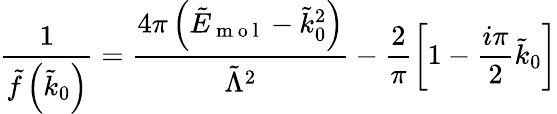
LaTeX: \frac{1}{\tilde{f}\left(\tilde{k}_{0}\right)}=\frac{4\pi\left(\tilde{E}_{\mathrm{~m~o~l~}}-\tilde{k}_{0}^{2}\right)}{\tilde{\Lambda}^{2}}-\frac{2}{\pi}\left[1-\frac{i\pi}{2}\tilde{k}_{0}\right]